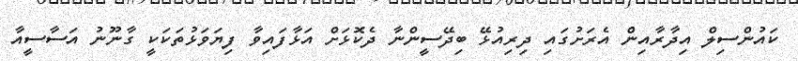
ކައުންސިލް އިދާރާއިން އެރަށުގައި ދިރިއުޅޭ ބިދޭސީންނާ ދެކޮޅަށް އަޅާފައިވާ ފިޔަވަޅުތަކަކީ ގާނޫނު އަސާސީއާ